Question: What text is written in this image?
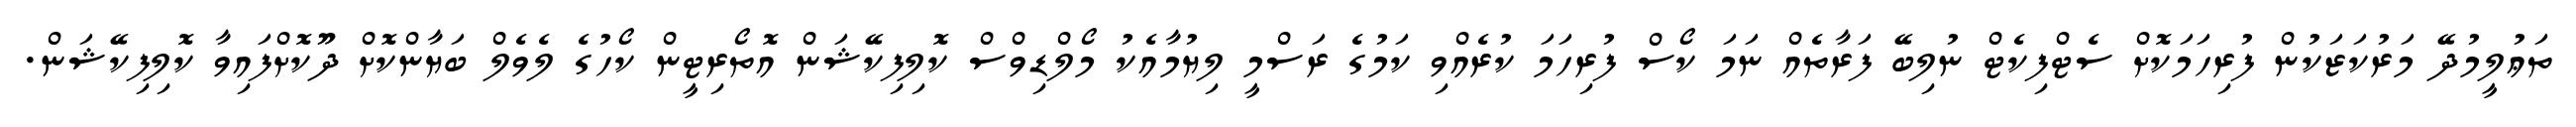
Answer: ތަޢުލީމުދޭ މަރުކަޒަކުން ފުރިހަމަކޮށް ސެޓްފިކެޓް ނުލިބޭ ފަރާތެއް ނަމަ ކޯސް ފުރިހަމަ ކުރެއްވި ކަމުގެ ރަސްމީ ލިޔުމާއެކު މޯލްޑިވްސް ކޮލިފިކޭޝަން އޮތޯރިޓީން ކޯހުގެ ލެވެލް ބަޔާންކޮށް ދޫކޮށްފައިވާ ކޮލިފިކޭޝަން.